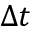
\Delta t